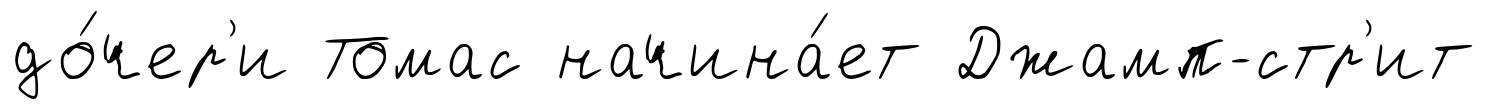
до́чер'и Томас начина́ет Джамп-стр'ит